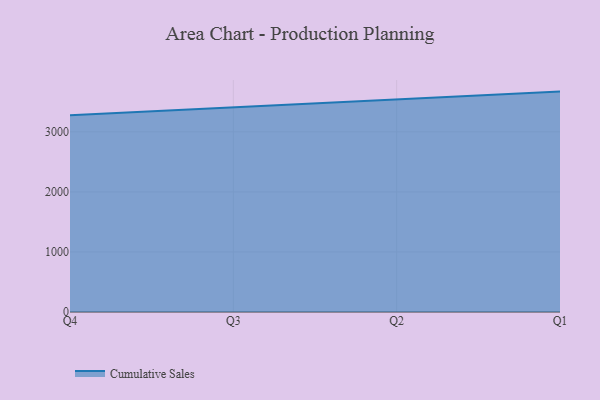
{"axis": {"x": "Quarter", "y": "Energy Usage (MWh)"}, "legend": ["Cumulative Sales"], "data": [{"x": "Q4", "y": 3276.2, "type": "Cumulative Sales"}, {"x": "Q3", "y": 3408.0, "type": "Cumulative Sales"}, {"x": "Q2", "y": 3537.3, "type": "Cumulative Sales"}, {"x": "Q1", "y": 3670.2, "type": "Cumulative Sales"}]}